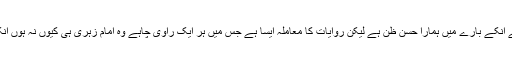
ہاں یہ الگ بات ہے انکے بارے میں ہمارا حسن ظن ہے لیکن روایات کا معاملہ ایسا ہے جس میں ہر ایک راوی چاہے وہ امام زہری ہی کیوں نہ ہوں انکو پرکھا جائے گا۔